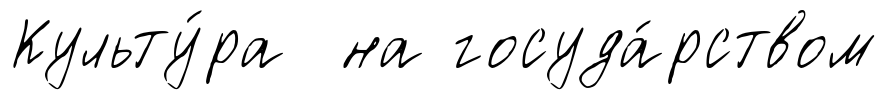
Культу́ра на госуда́рством